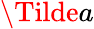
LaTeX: \Tilde{a}